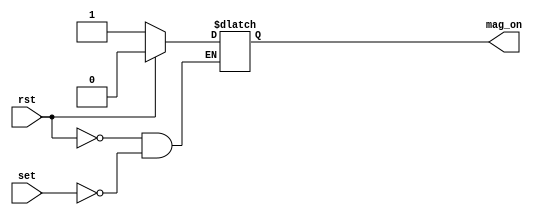
module srlatch (
    input wire rst, set,
    output reg mag_on
);
    always @(rst, set) begin
        if (rst) 
            mag_on <= 0;
        else if (set)  
            mag_on <= 1;
        else mag_on <= mag_on;
    end
endmodule